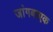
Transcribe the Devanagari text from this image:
जांगबाएक